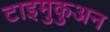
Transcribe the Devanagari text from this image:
टाइमुकुअन